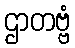
ဌာတဗ္ဗံ